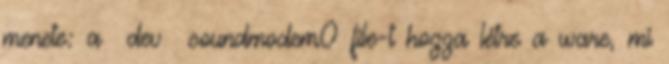
menete: a dev soundmodem0 file-t hozza létre a ware, mi